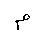
Letter: _mim